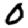
Digit: 0